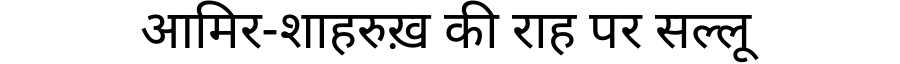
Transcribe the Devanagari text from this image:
आमिर-शाहरुख़ की राह पर सल्लू